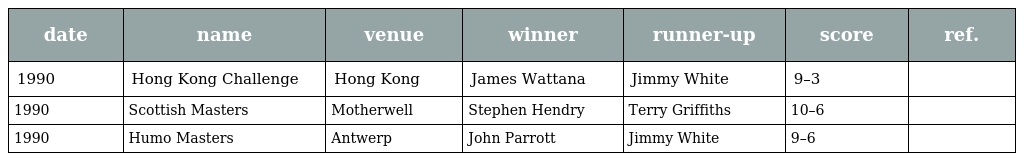
| date | name | venue | winner | runner-up | score | ref. |
 | --- | --- | --- | --- | --- | --- | --- |
 | 1990 | Hong Kong Challenge | Hong Kong | James Wattana | Jimmy White | 9–3 |  |
 | 1990 | Scottish Masters | Motherwell | Stephen Hendry | Terry Griffiths | 10–6 |  |
 | 1990 | Humo Masters | Antwerp | John Parrott | Jimmy White | 9–6 |  |